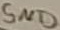
Text: GND